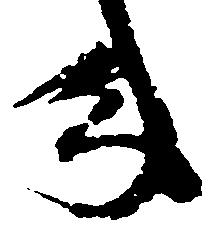
年